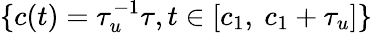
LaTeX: \{ c(t)=\tau_{u}^{-1}\tau,t\in[c_{1},\ c_{1}+\tau_{u}]\}